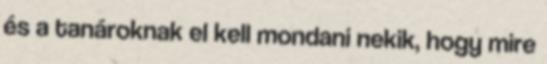
és a tanároknak el kell mondani nekik, hogy mire